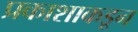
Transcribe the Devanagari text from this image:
प्रकाशाकडून